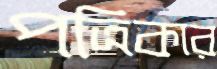
পত্রিকার